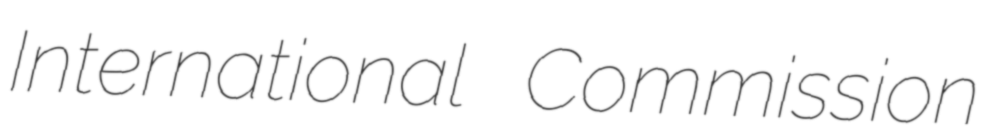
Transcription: International Commission